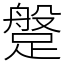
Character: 𨃞